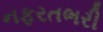
નફરતભરી